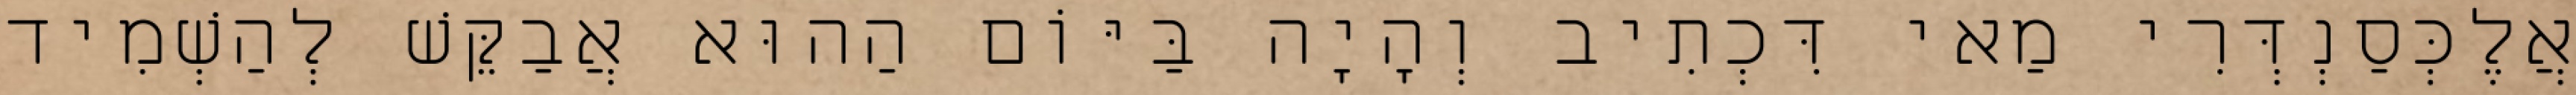
אֲלֶכְּסַנְדְּרִי מַאי דִּכְתִיב וְהָיָה בַּיּוֹם הַהוּא אֲבַקֵּשׁ לְהַשְׁמִיד